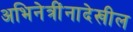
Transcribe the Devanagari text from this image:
अभिनेत्रींनादेखील